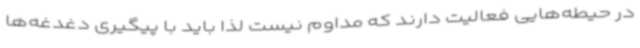
در حیطه‌هایی فعالیت دارند که مداوم نیست لذا باید با پیگیری دغدغه‌ها